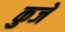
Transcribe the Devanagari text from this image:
कुजे